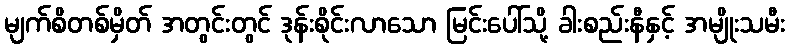
မျက်စိတစ်မှိတ် အတွင်းတွင် ဒုန်းစိုင်းလာသော မြင်းပေါ်သို့ ခါးစည်းနီနှင့် အမျိုးသမီး